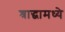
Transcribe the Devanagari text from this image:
श्राद्धामध्ये